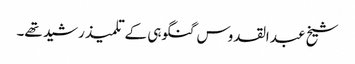
شیخ عبد القدوس گنگوہی کے تلمیذ رشید تھے۔